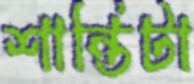
শান্তিটা